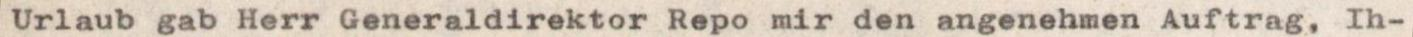
Urlaub gab Herr Generaldirektor Repo mir den angenehmen Auftrag, Ih-